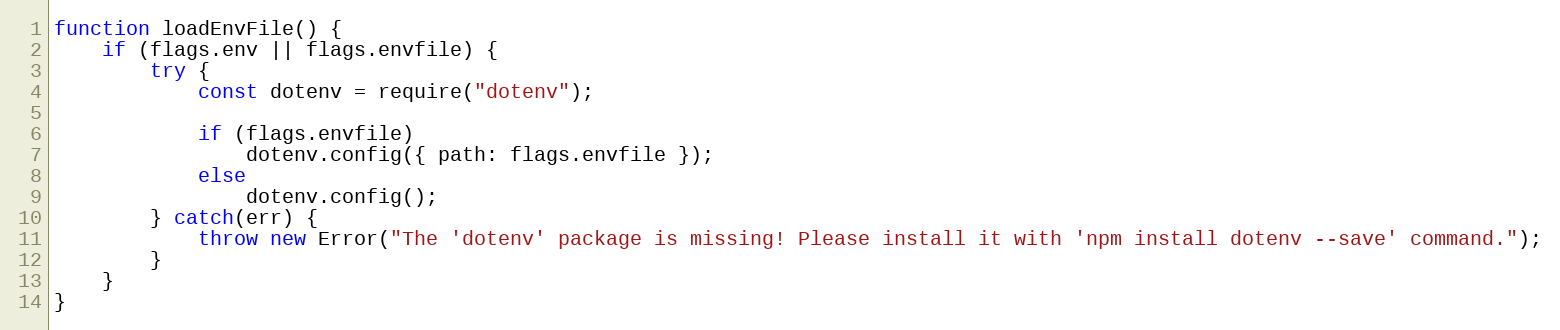
Language: JavaScript
function loadEnvFile() {
	if (flags.env || flags.envfile) {
		try {
			const dotenv = require("dotenv");

			if (flags.envfile)
				dotenv.config({ path: flags.envfile });
			else
				dotenv.config();
		} catch(err) {
			throw new Error("The 'dotenv' package is missing! Please install it with 'npm install dotenv --save' command.");
		}
	}
}